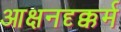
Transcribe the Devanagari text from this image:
आक्षनदृक्कर्म